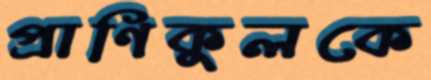
প্রাণিকুলকে